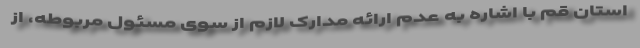
استان قم با اشاره به عدم ارائه مدارک لازم از سوی مسئول مربوطه، از